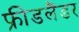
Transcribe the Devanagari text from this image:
फ्रीडलैंडर